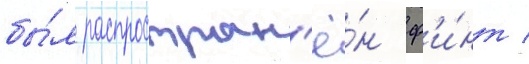
бы́л распростран'ё́н ф'и́нт /